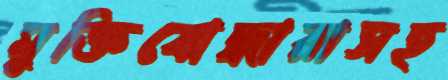
মুক্তিযোদ্ধারাসহ